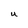
Character: U